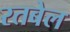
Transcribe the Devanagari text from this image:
रतबेल